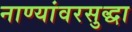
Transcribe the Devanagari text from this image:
नाण्यांवरसुद्धा